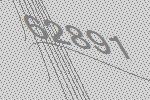
62891